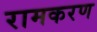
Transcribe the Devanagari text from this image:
रामकरण